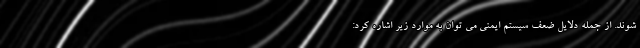
شوند. از جمله دلایل ضعف سیستم ایمنی می توان به موارد زیر اشاره کرد: